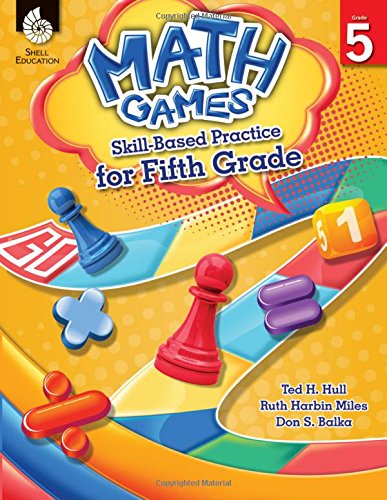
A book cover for Skill-Based Practice for Fifth Grade (Math Games); Ted Hull; Humor & Entertainment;